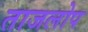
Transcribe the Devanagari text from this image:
ताजलोप